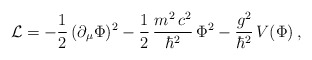
\begin{align*}{\cal L} = - \frac{1}{2}\,(\partial_{\mu}\Phi)^2 - \frac{1}{2}\,\frac{m^2\, c^2}{\hbar^2}\,\Phi^2 - \frac{g^2}{\hbar^2}\,V(\Phi)\,,\end{align*}